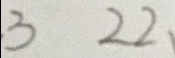
3 2 2